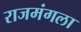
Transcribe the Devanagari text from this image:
राजमंगला